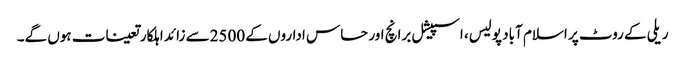
ریلی کے روٹ پر اسلام آباد پولیس، اسپیشل برانچ اور حساس اداروں کے 2500سے زائد اہلکار تعینات ہوں گے۔